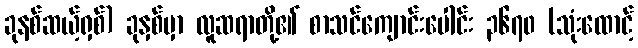
ခုနစ်ဆယ့်ရှစ်) ခုနှစ်မှာ လူဆရာတို့၏ စာသင်ကျောင်းပေါင်း ၃၆၇၀ (သုံးထောင့်